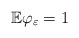
\begin{align*}\mathbb{E}\varphi _{\varepsilon }=1\end{align*}